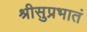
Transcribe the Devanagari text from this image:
श्रीसुप्रभातं